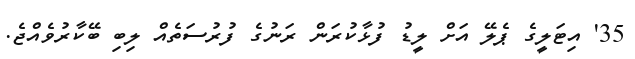
35' އިޓަލީގެ ޕެލޭ އަށް ލީޑު ފުޅާކުރަން ރަނުގެ ފުރުސަތެއް ލިބި ބޭކާރުވެއްޖެ.